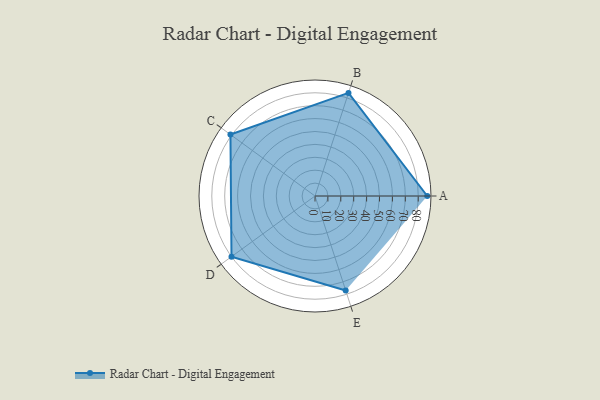
{"axis": {"x": "Skill", "y": "Score"}, "legend": ["Profile"], "data": [{"x": "A", "y": 87.0, "type": "Profile"}, {"x": "B", "y": 84.0, "type": "Profile"}, {"x": "C", "y": 81.0, "type": "Profile"}, {"x": "D", "y": 80.0, "type": "Profile"}, {"x": "E", "y": 77.0, "type": "Profile"}]}